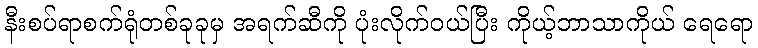
နီးစပ်ရာစက်ရုံတစ်ခုခုမှ အရက်ဆီကို ပုံးလိုက်ဝယ်ပြီး ကိုယ့်ဘာသာကိုယ် ရေရော